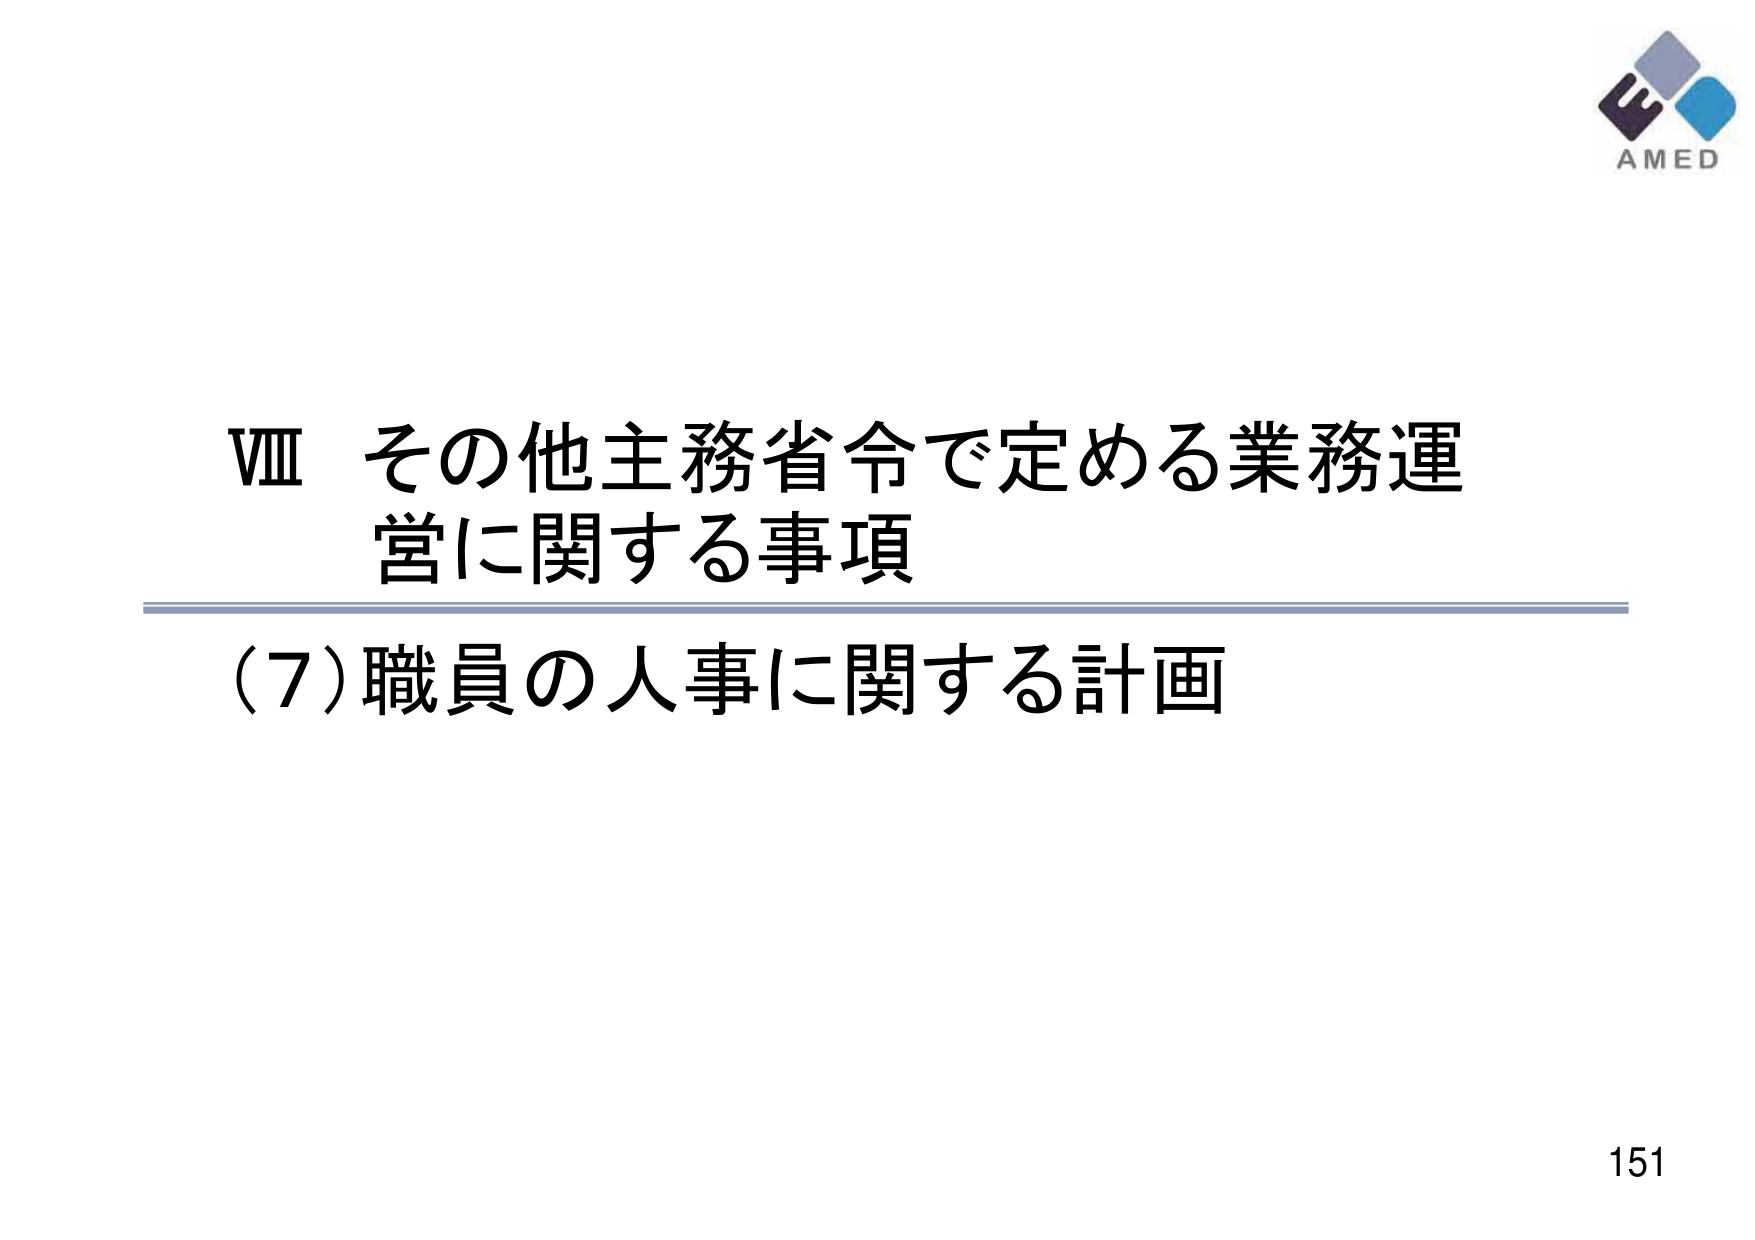
VIII その他主務省令で定める業務運営に関する事項
(7) 職員の人事に関する計画
AMED
151